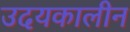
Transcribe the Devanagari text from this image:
उदयकालीन